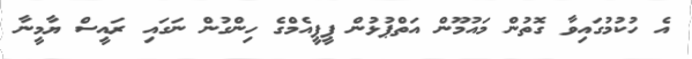
އެ ހުކުމުގައިވާ ގޮތުން މައުމޫން އަތްޕުޅުން ޕީޕީއެމްގެ ހިންގުން ނަގައި ރައީސް ޔާމީނާ